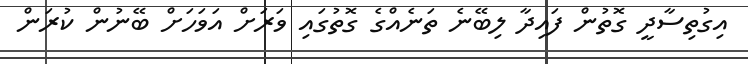
އިގުތިސާދީ ގޮތުން ފައިދާ ލިބޭނެ ތަނެއްގެ ގޮތުގައި ވަރަށް އަަވަހަށް ބޭނުން ކުރަން